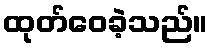
ထုတ်ဝေခဲ့သည်။